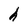
Character: h